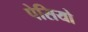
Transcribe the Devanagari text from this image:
पेसियो